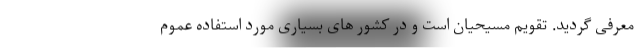
معرفی گردید. تقویم مسیحیان است و در کشور های بسیاری مورد استفاده عموم